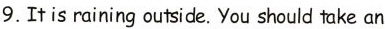
9. It is raining outside. You should take an